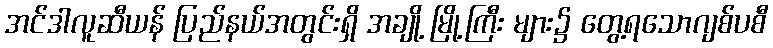
အင်ဒါလူဆီယန် ပြည်နယ်အတွင်းရှိ အချို့ မြို့ကြီး များ၌ တွေ့ရသောဂျစ်ပစီ